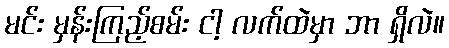
မင်း မှန်းကြည့်စမ်း ငါ့ လက်ထဲမှာ ဘာ ရှိလဲ။